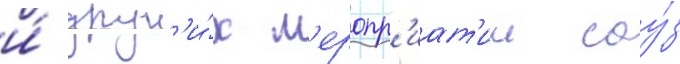
и́ друг'и́х м'еропр'иат'ии соу́з